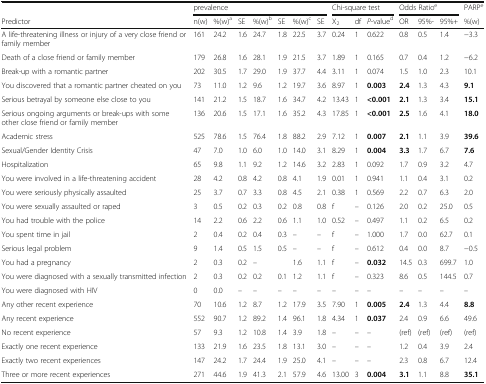
<table><thead><tr><td></td><td colspan="7"><b>prevalence</b></td><td colspan="3"><b>Chi-square test</b></td><td colspan="3"><b>Odds Ratio<sup>e</sup></b></td><td><b>PARP<sup>e</sup></b></td></tr><tr><td><b>Predictor</b></td><td><b>n(w)</b></td><td><b>%(w)<sup>a</sup></b></td><td><b>SE</b></td><td><b>%(w)<sup>b</sup></b></td><td><b>SE</b></td><td><b>%(w)<sup>c</sup></b></td><td><b>SE</b></td><td><b>X<sub>2</sub></b></td><td><b>df</b></td><td><b><i>P</i>-value<sup>d</sup></b></td><td><b>OR</b></td><td><b>95%-</b></td><td><b>95%+</b></td><td><b>%(w)</b></td></tr></thead><tbody><tr><td>A life-threatening illness or injury of a very close friend or family member</td><td>161</td><td>24.2</td><td>1.6</td><td>24.7</td><td>1.8</td><td>22.5</td><td>3.7</td><td>0.24</td><td>1</td><td>0.622</td><td>0.8</td><td>0.5</td><td>1.4</td><td>−3.3</td></tr><tr><td>Death of a close friend or family member</td><td>179</td><td>26.8</td><td>1.6</td><td>28.1</td><td>1.9</td><td>21.5</td><td>3.7</td><td>1.89</td><td>1</td><td>0.165</td><td>0.7</td><td>0.4</td><td>1.2</td><td>−6.2</td></tr><tr><td>Break-up with a romantic partner</td><td>202</td><td>30.5</td><td>1.7</td><td>29.0</td><td>1.9</td><td>37.7</td><td>4.4</td><td>3.11</td><td>1</td><td>0.074</td><td>1.5</td><td>1.0</td><td>2.3</td><td>10.1</td></tr><tr><td>You discovered that a romantic partner cheated on you</td><td>73</td><td>11.0</td><td>1.2</td><td>9.6</td><td>1.2</td><td>19.7</td><td>3.6</td><td>8.97</td><td>1</td><td><b>0.003</b></td><td><b>2.4</b></td><td>1.3</td><td>4.3</td><td><b>9.1</b></td></tr><tr><td>Serious betrayal by someone else close to you</td><td>141</td><td>21.2</td><td>1.5</td><td>18.7</td><td>1.6</td><td>34.7</td><td>4.2</td><td>13.43</td><td>1</td><td><b>&lt;0.001</b></td><td><b>2.1</b></td><td>1.3</td><td>3.4</td><td><b>15.1</b></td></tr><tr><td>Serious ongoing arguments or break-ups with some other close friend or family member</td><td>136</td><td>20.6</td><td>1.5</td><td>17.1</td><td>1.6</td><td>35.2</td><td>4.3</td><td>17.85</td><td>1</td><td><b>&lt;0.001</b></td><td><b>2.5</b></td><td>1.6</td><td>4.1</td><td><b>18.0</b></td></tr><tr><td>Academic stress</td><td>525</td><td>78.6</td><td>1.5</td><td>76.4</td><td>1.8</td><td>88.2</td><td>2.9</td><td>7.12</td><td>1</td><td><b>0.007</b></td><td><b>2.1</b></td><td>1.1</td><td>3.9</td><td><b>39.6</b></td></tr><tr><td>Sexual/Gender Identity Crisis</td><td>47</td><td>7.0</td><td>1.0</td><td>6.0</td><td>1.0</td><td>14.0</td><td>3.1</td><td>8.29</td><td>1</td><td><b>0.004</b></td><td><b>3.3</b></td><td>1.7</td><td>6.7</td><td><b>7.6</b></td></tr><tr><td>Hospitalization</td><td>65</td><td>9.8</td><td>1.1</td><td>9.2</td><td>1.2</td><td>14.6</td><td>3.2</td><td>2.83</td><td>1</td><td>0.092</td><td>1.7</td><td>0.9</td><td>3.2</td><td>4.7</td></tr><tr><td>You were involved in a life-threatening accident</td><td>28</td><td>4.2</td><td>0.8</td><td>4.2</td><td>0.8</td><td>4.1</td><td>1.9</td><td>0.01</td><td>1</td><td>0.941</td><td>1.1</td><td>0.4</td><td>3.1</td><td>0.2</td></tr><tr><td>You were seriously physically assaulted</td><td>25</td><td>3.7</td><td>0.7</td><td>3.3</td><td>0.8</td><td>4.5</td><td>2.1</td><td>0.38</td><td>1</td><td>0.569</td><td>2.2</td><td>0.7</td><td>6.3</td><td>2.0</td></tr><tr><td>You were sexually assaulted or raped</td><td>3</td><td>0.5</td><td>0.2</td><td>0.3</td><td>0.2</td><td>0.8</td><td>0.8</td><td>f</td><td>–</td><td>0.126</td><td>2.0</td><td>0.2</td><td>25.0</td><td>0.5</td></tr><tr><td>You had trouble with the police</td><td>14</td><td>2.2</td><td>0.6</td><td>2.2</td><td>0.6</td><td>1.1</td><td>1.0</td><td>0.52</td><td>–</td><td>0.497</td><td>1.1</td><td>0.2</td><td>6.5</td><td>0.2</td></tr><tr><td>You spent time in jail</td><td>2</td><td>0.4</td><td>0.2</td><td>0.4</td><td>0.3</td><td>–</td><td>–</td><td>f</td><td>–</td><td>1.000</td><td>1.7</td><td>0.0</td><td>62.7</td><td>0.1</td></tr><tr><td>Serious legal problem</td><td>9</td><td>1.4</td><td>0.5</td><td>1.5</td><td>0.5</td><td>–</td><td>–</td><td>f</td><td>–</td><td>0.612</td><td>0.4</td><td>0.0</td><td>8.7</td><td>−0.5</td></tr><tr><td>You had a pregnancy</td><td>2</td><td>0.3</td><td>0.2</td><td>–</td><td></td><td>1.6</td><td>1.1</td><td>f</td><td>–</td><td><b>0.032</b></td><td>14.5</td><td>0.3</td><td>699.7</td><td>1.0</td></tr><tr><td>You were diagnosed with a sexually transmitted infection</td><td>2</td><td>0.3</td><td>0.2</td><td>0.2</td><td>0.1</td><td>1.2</td><td>1.1</td><td>f</td><td>–</td><td>0.323</td><td>8.6</td><td>0.5</td><td>144.5</td><td>0.7</td></tr><tr><td>You were diagnosed with HIV</td><td>0</td><td>0.0</td><td>–</td><td>–</td><td>–</td><td>–</td><td>–</td><td>–</td><td>–</td><td>–</td><td>–</td><td>–</td><td>–</td><td>–</td></tr><tr><td>Any other recent experience</td><td>70</td><td>10.6</td><td>1.2</td><td>8.7</td><td>1.2</td><td>17.9</td><td>3.5</td><td>7.90</td><td>1</td><td><b>0.005</b></td><td><b>2.4</b></td><td>1.3</td><td>4.4</td><td><b>8.8</b></td></tr><tr><td>Any recent experience</td><td>552</td><td>90.7</td><td>1.2</td><td>89.2</td><td>1.4</td><td>96.1</td><td>1.8</td><td>4.34</td><td>1</td><td><b>0.037</b></td><td>2.4</td><td>0.9</td><td>6.6</td><td>49.6</td></tr><tr><td>No recent experience</td><td>57</td><td>9.3</td><td>1.2</td><td>10.8</td><td>1.4</td><td>3.9</td><td>1.8</td><td>–</td><td>–</td><td>–</td><td>(ref)</td><td>(ref)</td><td>(ref)</td><td>(ref)</td></tr><tr><td>Exactly one recent experience</td><td>133</td><td>21.9</td><td>1.6</td><td>23.5</td><td>1.8</td><td>13.1</td><td>3.0</td><td>–</td><td>–</td><td>–</td><td>1.2</td><td>0.4</td><td>3.9</td><td>2.4</td></tr><tr><td>Exactly two recent experiences</td><td>147</td><td>24.2</td><td>1.7</td><td>24.4</td><td>1.9</td><td>25.0</td><td>4.1</td><td>–</td><td>–</td><td>–</td><td>2.3</td><td>0.8</td><td>6.7</td><td>12.4</td></tr><tr><td>Three or more recent experiences</td><td>271</td><td>44.6</td><td>1.9</td><td>41.3</td><td>2.1</td><td>57.9</td><td>4.6</td><td>13.00</td><td>3</td><td><b>0.004</b></td><td><b>3.1</b></td><td>1.1</td><td>8.8</td><td><b>35.1</b></td></tr></tbody></table>